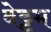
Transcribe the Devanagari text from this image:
वेट्टम